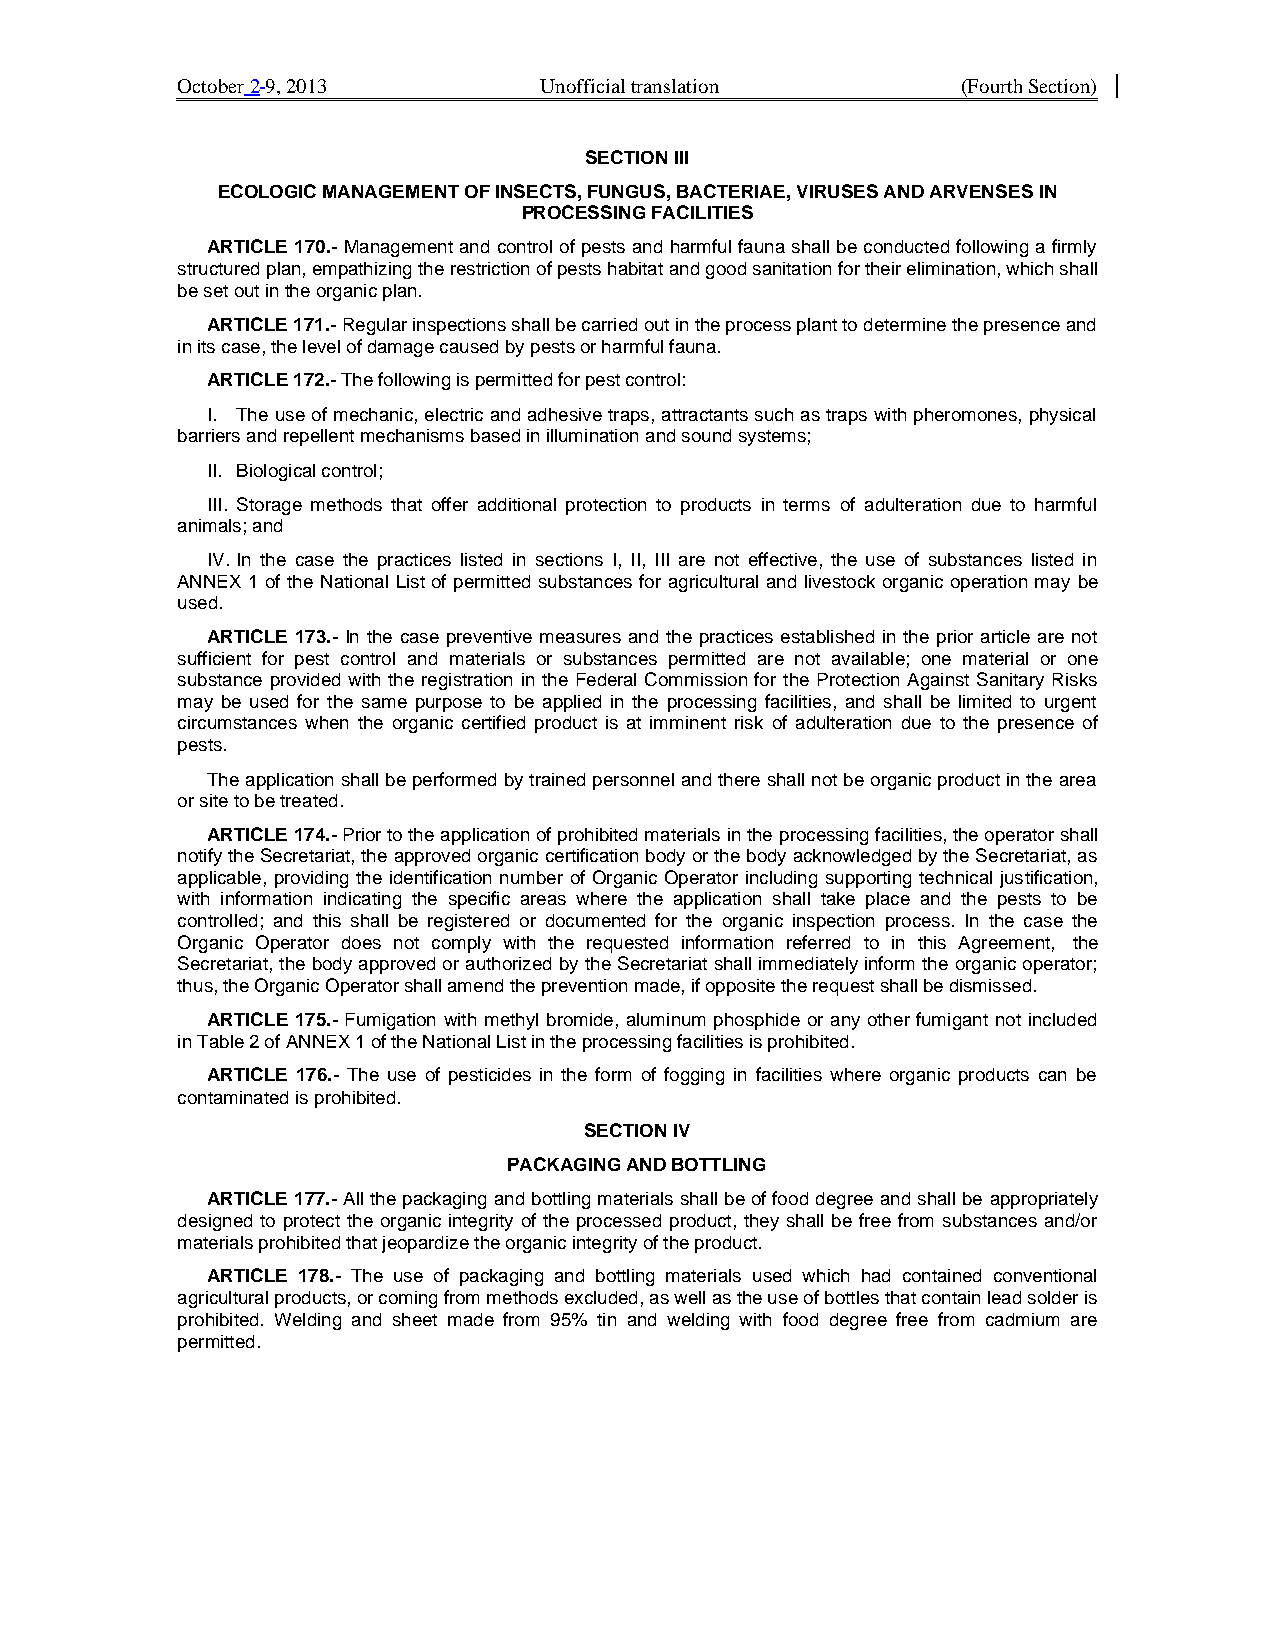
October 2 9, 2013       Unofficial translation      (Fourth Section)
 SECTION III
 ECOLOGIC MANAGEMENT OF INSECTS, FUNGUS, BACTERIAE, VIRUSES AND ARVENSES IN
 PROCESSING FACILITIES
 ARTICLE 170.- Management and control of pests and harmful fauna shall be conducted following a firmly
 structured plan, empathizing the restriction of pests habitat and good sanitation for their elimination, which shall
 be set out in the organic plan.
 ARTICLE 171.- Regular inspections shall be carried out in the process plant to determine the presence and
 in its case, the level of damage caused by pests or harmful fauna.
 ARTICLE 172.- The following is permitted for pest control:
 I. The use of mechanic, electric and adhesive traps, attractants such as traps with pheromones, physical
 barriers and repellent mechanisms based in illumination and sound systems;
 II. Biological control;
 III. Storage methods that offer additional protection to products in terms of adulteration due to harmful
 animals; and
 IV. In the case the practices listed in sections I, II, III are not effective, the use of substances listed in
 ANNEX 1 of the National List of permitted substances for agricultural and livestock organic operation may be
 used.
 ARTICLE 173.- In the case preventive measures and the practices established in the prior article are not
 sufficient for pest control and materials or substances permitted are not available; one material or one
 substance provided with the registration in the Federal Commission for the Protection Against Sanitary Risks
 may be used for the same purpose to be applied in the processing facilities, and shall be limited to urgent
 circumstances when the organic certified product is at imminent risk of adulteration due to the presence of
 pests.
 The application shall be performed by trained personnel and there shall not be organic product in the area
 or site to be treated.
 ARTICLE 174.- Prior to the application of prohibited materials in the processing facilities, the operator shall
 notify the Secretariat, the approved organic certification body or the body acknowledged by the Secretariat, as
 applicable, providing the identification number of Organic Operator including supporting technical justification,
 with information indicating the specific areas where the application shall take place and the pests to be
 controlled; and this shall be registered or documented for the organic inspection process. In the case the
 Organic Operator does not comply with the requested information referred to in this Agreement, the
 Secretariat, the body approved or authorized by the Secretariat shall immediately inform the organic operator;
 thus, the Organic Operator shall amend the prevention made, if opposite the request shall be dismissed.
 ARTICLE 175.- Fumigation with methyl bromide, aluminum phosphide or any other fumigant not included
 in Table 2 of ANNEX 1 of the National List in the processing facilities is prohibited.
 ARTICLE 176.- The use of pesticides in the form of fogging in facilities where organic products can be
 contaminated is prohibited.
 SECTION IV
 PACKAGING AND BOTTLING
 ARTICLE 177.- All the packaging and bottling materials shall be of food degree and shall be appropriately
 designed to protect the organic integrity of the processed product, they shall be free from substances and/or
 materials prohibited that jeopardize the organic integrity of the product.
 ARTICLE 178.- The use of packaging and bottling materials used which had contained conventional
 agricultural products, or coming from methods excluded, as well as the use of bottles that contain lead solder is
 prohibited. Welding and sheet made from 95% tin and welding with food degree free from cadmium are
 permitted.